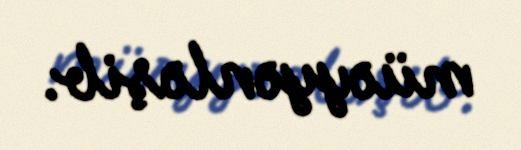
müəyyənləşib.